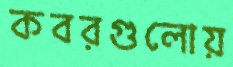
কবরগুলোয়